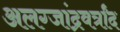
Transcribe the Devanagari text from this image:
अलग्जांद्रवर्त्रांद